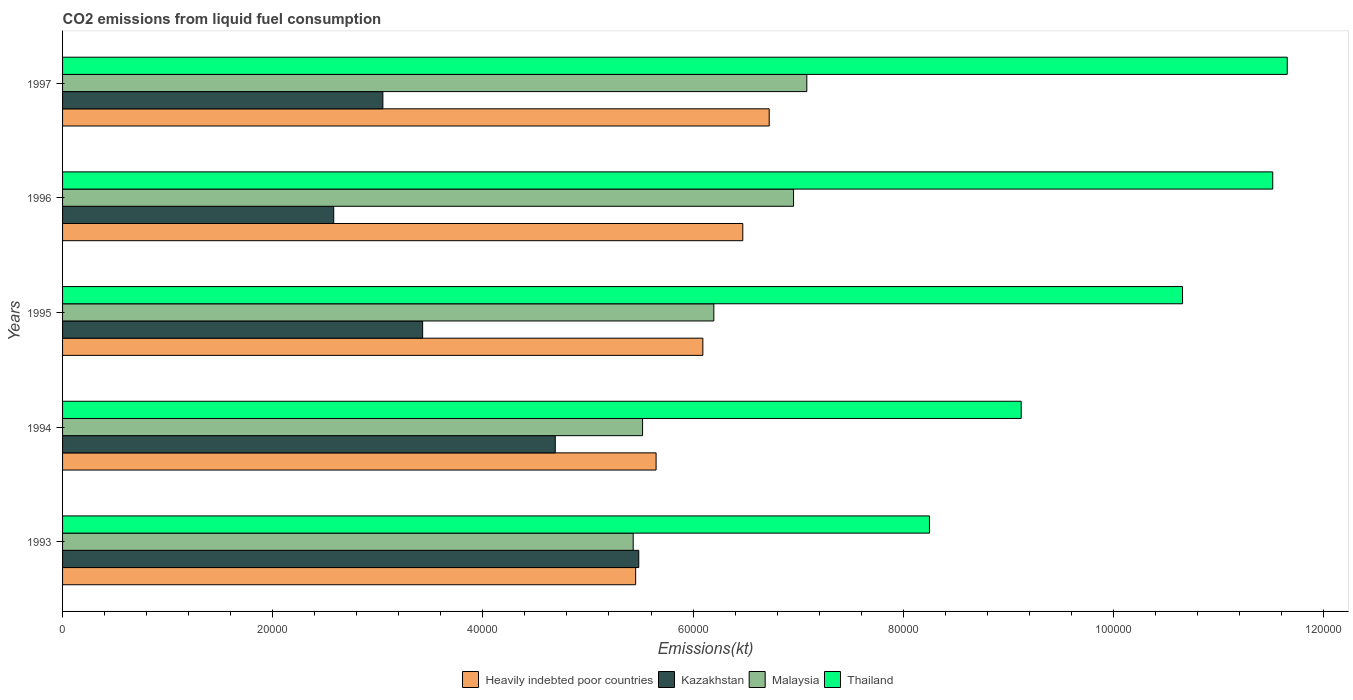
| Years | Heavily indebted poor countries | Kazakhstan | Malaysia | Thailand |
 | --- | --- | --- | --- | --- |
 | 1993 | 5.45e+04 | 5.48e+04 | 5.43e+04 | 8.25e+04 |
 | 1994 | 5.65e+04 | 4.69e+04 | 5.52e+04 | 9.12e+04 |
 | 1995 | 6.09e+04 | 3.43e+04 | 6.2e+04 | 1.07e+05 |
 | 1996 | 6.47e+04 | 2.58e+04 | 6.96e+04 | 1.15e+05 |
 | 1997 | 6.72e+04 | 3.05e+04 | 7.08e+04 | 1.17e+05 |